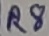
Text: R8